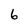
Character: 6